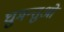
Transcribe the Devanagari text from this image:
घुमन्तुओं